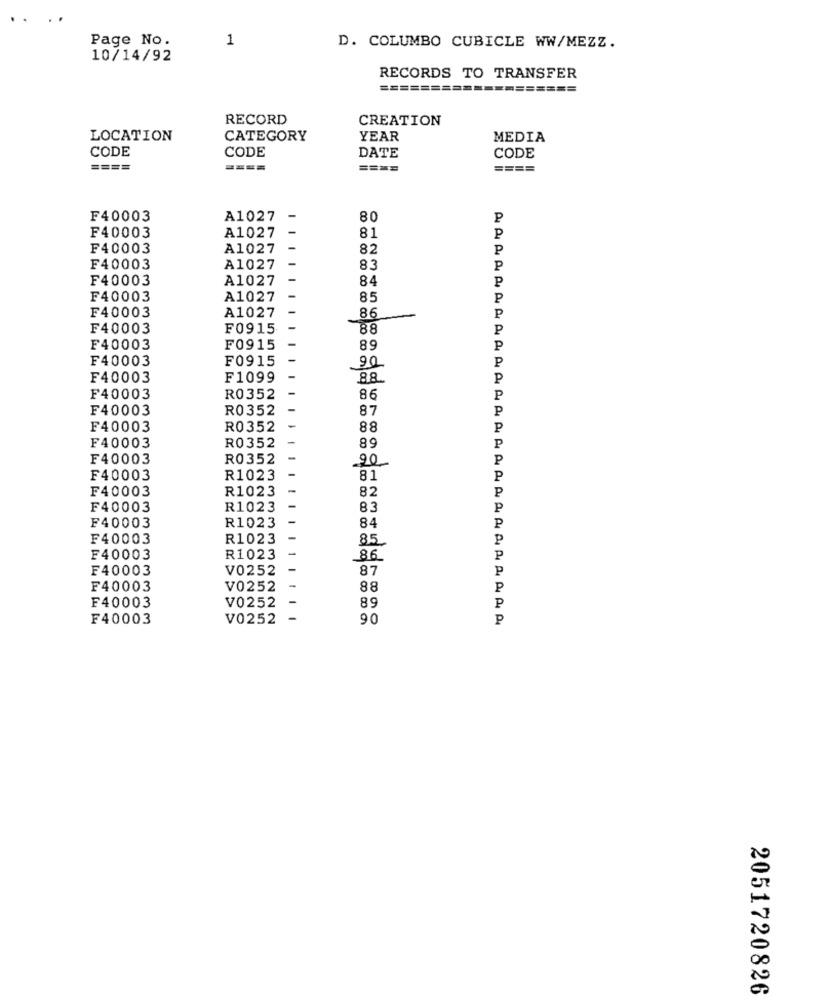
Page No.
1
D. COLUMBO CUBICLE WW/MEZZ.
10/14/92
RECORDS TO TRANSFER
======
=====
RECORD
CREATION
LOCATION
CATEGORY
YEAR
MEDIA
CODE
CODE
DATE
CODE
====
====
====
====
F40003
A1027
-
80
P
F40003
A1027
81
P
F40003
A1027
82
P
F40003
A1027
83
P
F40003
A1027
84
P
F40003
A1027
85
P
P
F40003
A1027
86
F40003
F0915
88
P
F40003
F0915
89
P
F40003
F0915
P
90
F40003
F1099
88.
P
F40003
R0352
86
P
F40003
R0352
87
P
F40003
R0352
88
P
P
F40003
R0352
89
F40003
R0352
90
P
F40003
R1023
81
P
F40003
R1023
82
P
F40003
R1023
83
p
P
F40003
R1023
84
F40003
R1023
85
P
F40003
R1023
86
P
F40003
V0252
87
p
F40003
V0252
88
P
V0252
P
F40003
89
F40003
V0252
90
P
2051720826